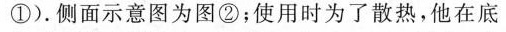
①)。侧面示意图为图②；使用时为了散热，他在底